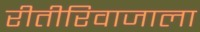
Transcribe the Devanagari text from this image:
रीतीरिवाजाला